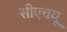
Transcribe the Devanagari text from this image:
सीएचयू